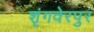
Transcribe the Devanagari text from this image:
शृंगवेरपुर